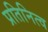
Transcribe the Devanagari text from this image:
प्रतिनित्व